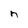
Character: n